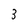
Character: 3